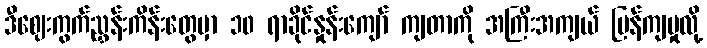
ဒီဈေးကွက်ညွှန်းကိန်းတွေမှာ ၁၀ ရာခိုင်နှုန်းကျော် ကျတာကို အကြီးအကျယ် ပြန်ကျမှုလို့